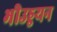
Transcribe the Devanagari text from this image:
भीउड्डयन